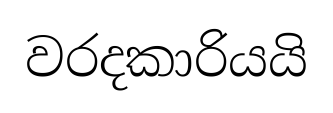
වරදකාරියයි